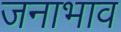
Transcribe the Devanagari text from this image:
जनाभाव